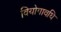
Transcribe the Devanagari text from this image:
वियोगावधि